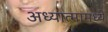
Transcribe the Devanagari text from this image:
अध्यात्मामध्ये